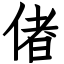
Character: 偖